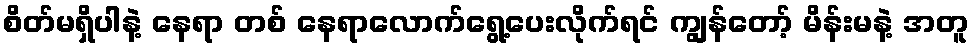
စိတ်မရှိပါနဲ့ နေရာ တစ် နေရာလောက်ရွေ့ပေးလိုက်ရင် ကျွန်တော့် မိန်းမနဲ့ အတူ